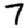
Digit: 7